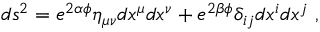
d s ^ { 2 } = e ^ { 2 \alpha \phi } \eta _ { \mu \nu } d x ^ { \mu } d x ^ { \nu } + e ^ { 2 \beta \phi } \delta _ { i j } d x ^ { i } d x ^ { j } \ ,